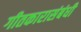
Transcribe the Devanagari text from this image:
गीतकारासंबंधी